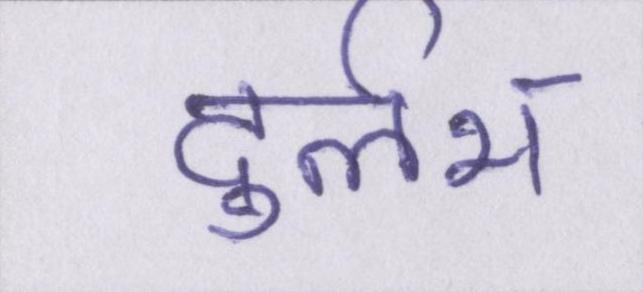
दुर्लभ